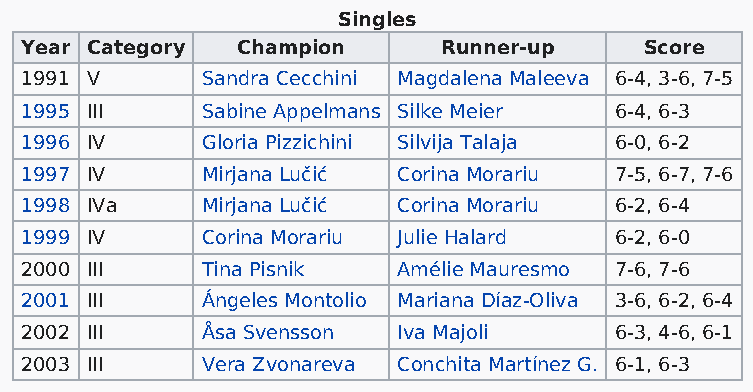
Singles
 Year Category  Champion     Runner-up     Score
 1991 V      Sandra Cecchini Magdalena Maleeva 6-4, 3-6, 7-5
 1995 III    Sabine Appelmans Silke Meier 6-4, 6-3
 1996 IV     Gloria Pizzichini Silvija Talaja 6-0, 6-2
 1997 IV     Mirjana Lučić Corina Morariu 7-5, 6-7, 7-6
 1998 IVa    Mirjana Lučić Corina Morariu 6-2, 6-4
 1999 IV     Corina Morariu Julie Halard 6-2, 6-0
 2000 III    Tina Pisnik  Amélie Mauresmo 7-6, 7-6
 2001 III    Ángeles Montolio Mariana Díaz-Oliva 3-6, 6-2, 6-4
 2002 III    Åsa Svensson Iva Majoli     6-3, 4-6, 6-1
 2003 III    Vera Zvonareva Conchita Martínez G. 6-1, 6-3